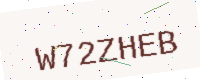
Text: W72ZHEB